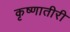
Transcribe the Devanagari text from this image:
कृष्णातीरी